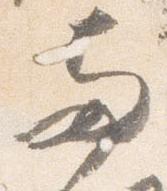
両